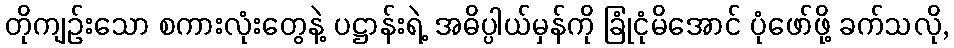
တိုကျဉ်းသော စကားလုံးတွေနဲ့ ပဋ္ဌာန်းရဲ့ အဓိပ္ပါယ်မှန်ကို ခြုံငုံမိအောင် ပုံဖော်ဖို့ ခက်သလို,